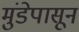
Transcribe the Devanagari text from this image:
मुंडेपासून